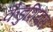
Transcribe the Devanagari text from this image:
कैडुशियस